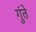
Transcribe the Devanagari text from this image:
गुंते